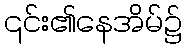
၎င်း၏နေအိမ်၌